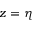
z = \eta